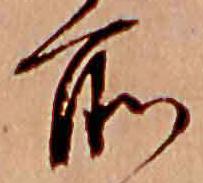
所